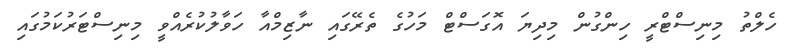
ހެލްތު މިނިސްޓްރީ ހިންގުން މިދިޔަ އޮގަސްޓް މަހުގެ ތެރޭގައި ނާޒިމްއާ ހަވާލުކުރެއްވީ މިނިސްޓަރުކަމުގައި